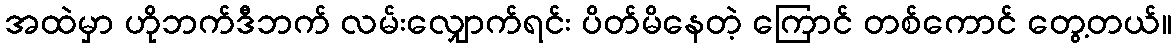
အထဲမှာ ဟိုဘက်ဒီဘက် လမ်းလျှောက်ရင်း ပိတ်မိနေတဲ့ ကြောင် တစ်ကောင် တွေ့တယ်။